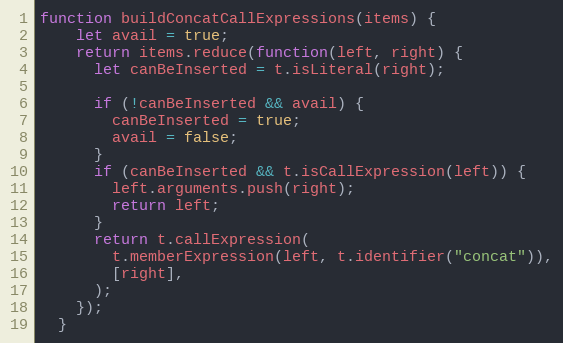
Language: JavaScript
function buildConcatCallExpressions(items) {
    let avail = true;
    return items.reduce(function(left, right) {
      let canBeInserted = t.isLiteral(right);

      if (!canBeInserted && avail) {
        canBeInserted = true;
        avail = false;
      }
      if (canBeInserted && t.isCallExpression(left)) {
        left.arguments.push(right);
        return left;
      }
      return t.callExpression(
        t.memberExpression(left, t.identifier("concat")),
        [right],
      );
    });
  }